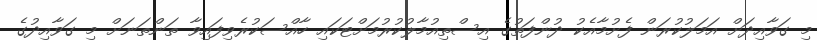
މި ގަވާއިދަށް އަމަލުކުރަން ފެށުމާއެކު ދުންފަތުގެ އިސްތިއުމާލުކުރުމަށްޓަކައި ހާއްސަކުރެވިފައިވާ ތަންތަނަށް މި ގަވާއިދުގެ